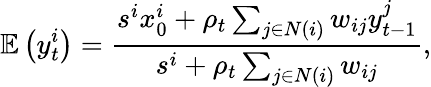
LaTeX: \mathbb{E}\left(y_{t}^{i}\right)=\frac{s^{i}x_{0}^{i}+\rho_{t}\sum_{j\in N(i)}w_{ij}y_{t-1}^{j}}{s^{i}+\rho_{t}\sum_{j\in N(i)}w_{ij}},